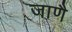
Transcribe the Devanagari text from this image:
जाणै